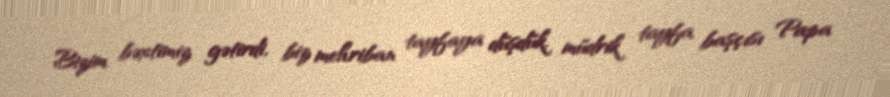
Bizim bəxtimiz gətirdi, biz mehriban tayfaya düşdük, müdrik tayfa başçısı Papa